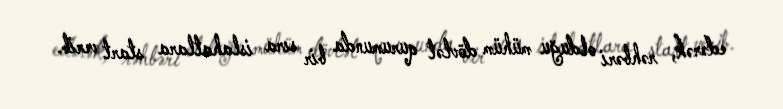
edərək, rəhbəri olduğu mühüm dövlət qurumunda bir sıra islahatlara start verib.